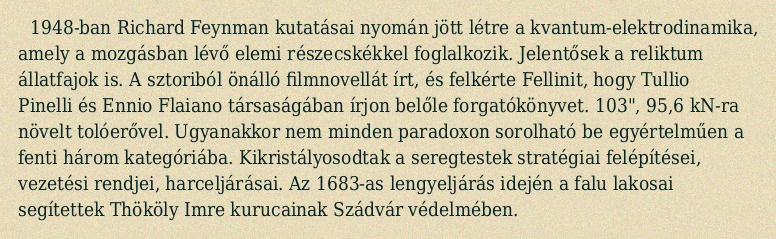
1948-ban Richard Feynman kutatásai nyomán jött létre a kvantum-elektrodinamika, amely a mozgásban lévő elemi részecskékkel foglalkozik. Jelentősek a reliktum állatfajok is. A sztoriból önálló filmnovellát írt, és felkérte Fellinit, hogy Tullio Pinelli és Ennio Flaiano társaságában írjon belőle forgatókönyvet. 103", 95,6 kN-ra növelt tolóerővel. Ugyanakkor nem minden paradoxon sorolható be egyértelműen a fenti három kategóriába. Kikristályosodtak a seregtestek stratégiai felépítései, vezetési rendjei, harceljárásai. Az 1683-as lengyeljárás idején a falu lakosai segítettek Thököly Imre kurucainak Szádvár védelmében.